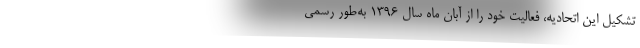
تشکیل این اتحادیه، فعالیت خود را از آبان ماه سال ۱۳۹۶ به‌طور رسمی